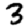
Digit: 3